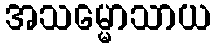
အသမ္မောသာယ